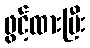
ဖွင့်ထားပြီး